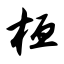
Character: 桓